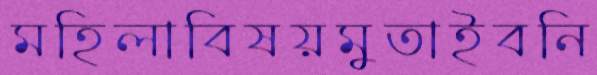
মহিলাবিষয়মুতাইবনি